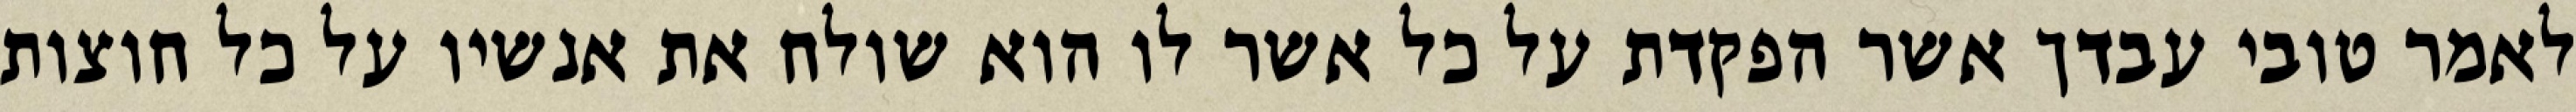
לאמר טובי עבדך אשר הפקדת על כל אשר לו הוא שולח את אנשיו על כל חוצות